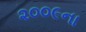
૨૦૦૯ના